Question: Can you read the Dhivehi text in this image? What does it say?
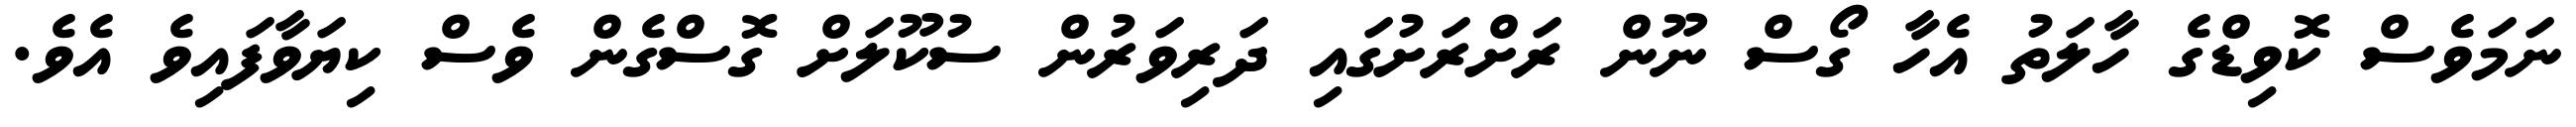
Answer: ނަމަވެސް ކޮވިޑްގެ ހާލަތު އެހާ ގޯސް ނޫން ރަށްރަށުގައި ދަރިވަރުން ސުކޫލަށް ގޮސްގެން ވެސް ކިޔަވާފައިވެ އެވެ.